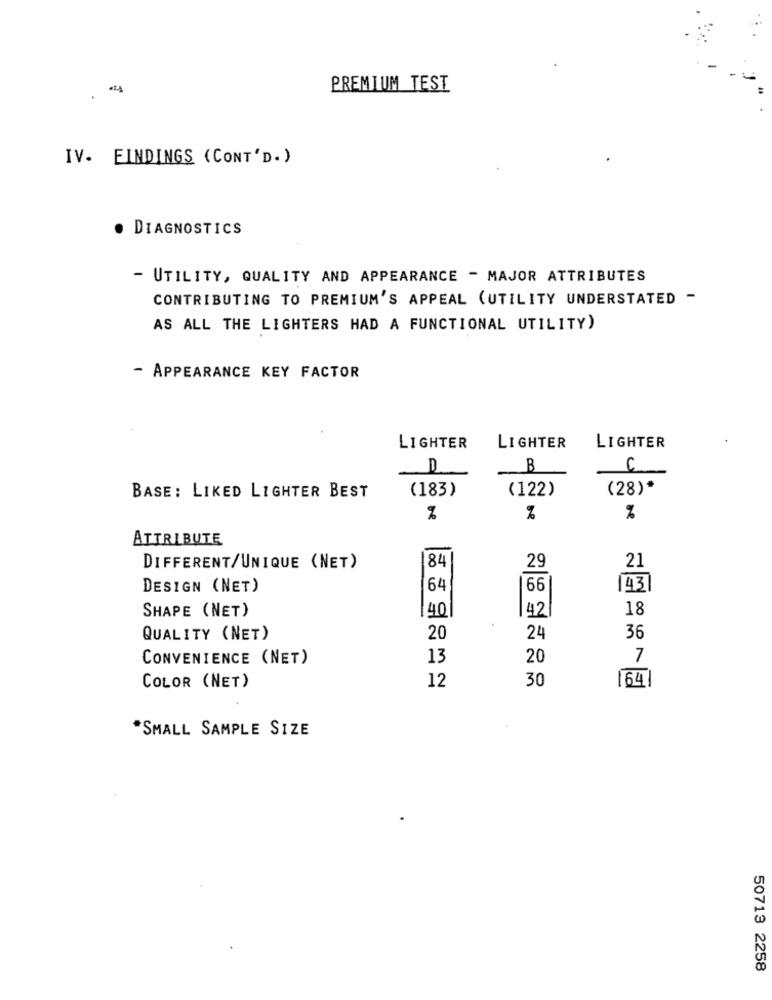
PREMIUM TEST
IV. EINDINGS (CONT'D. )
DIAGNOSTICS
- UTILITY, QUALITY AND APPEARANCE - MAJOR ATTRIBUTES
CONTRIBUTING TO PREMIUM'S APPEAL (UTILITY UNDERSTATED -
AS ALL THE LIGHTERS HAD A FUNCTIONAL UTILITY)
- APPEARANCE KEY FACTOR
LIGHTER
LIGHTER
LIGHTER
D
B
C
(183)
(122)
(28)*
BASE: LIKED LIGHTER BEST
%
%
%
ATTRIBUTE
184
DIFFERENT/UNIQUE (NET)
29
21
DESIGN (NET)
64
66
43
SHAPE (NET)
40
42
18
QUALITY (NET)
20
24
36
CONVENIENCE (NET)
13
20
7
12
30
164|
COLOR (NET)
*SMALL SAMPLE SIZE
50713 2258